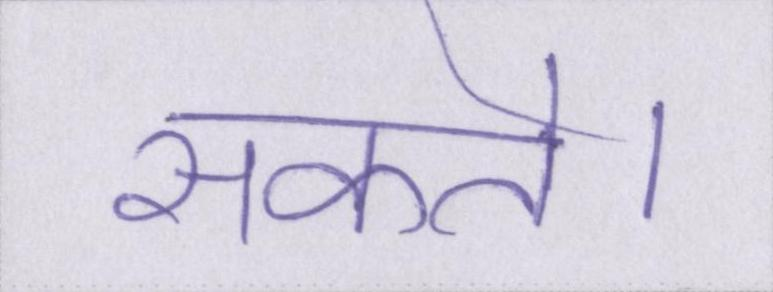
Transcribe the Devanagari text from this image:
सकते।